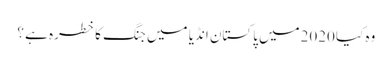
وہ کیا 2020میں پاکستان انڈیا میں جنگ کا خطرہ ہے ؟